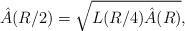
LaTeX: \begin{align*}\hat A(R/2) = \sqrt{L(R/4) \hat A (R)},\end{align*}